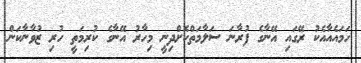
ހަމައެއާއެކު ރޭގައި އޭނާގެ ފުރާނަ ސަލާމަތްކޮށްދިނީ މިހާރު އޭނާގެ ކުރިމަތީ ހުރި ޒުވާނާކަން